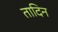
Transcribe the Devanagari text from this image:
तादिन